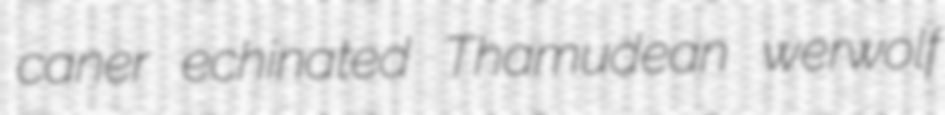
caner echinated Thamudean werwolf